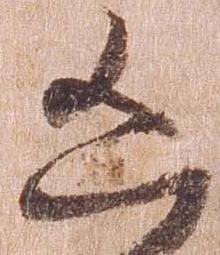
凶